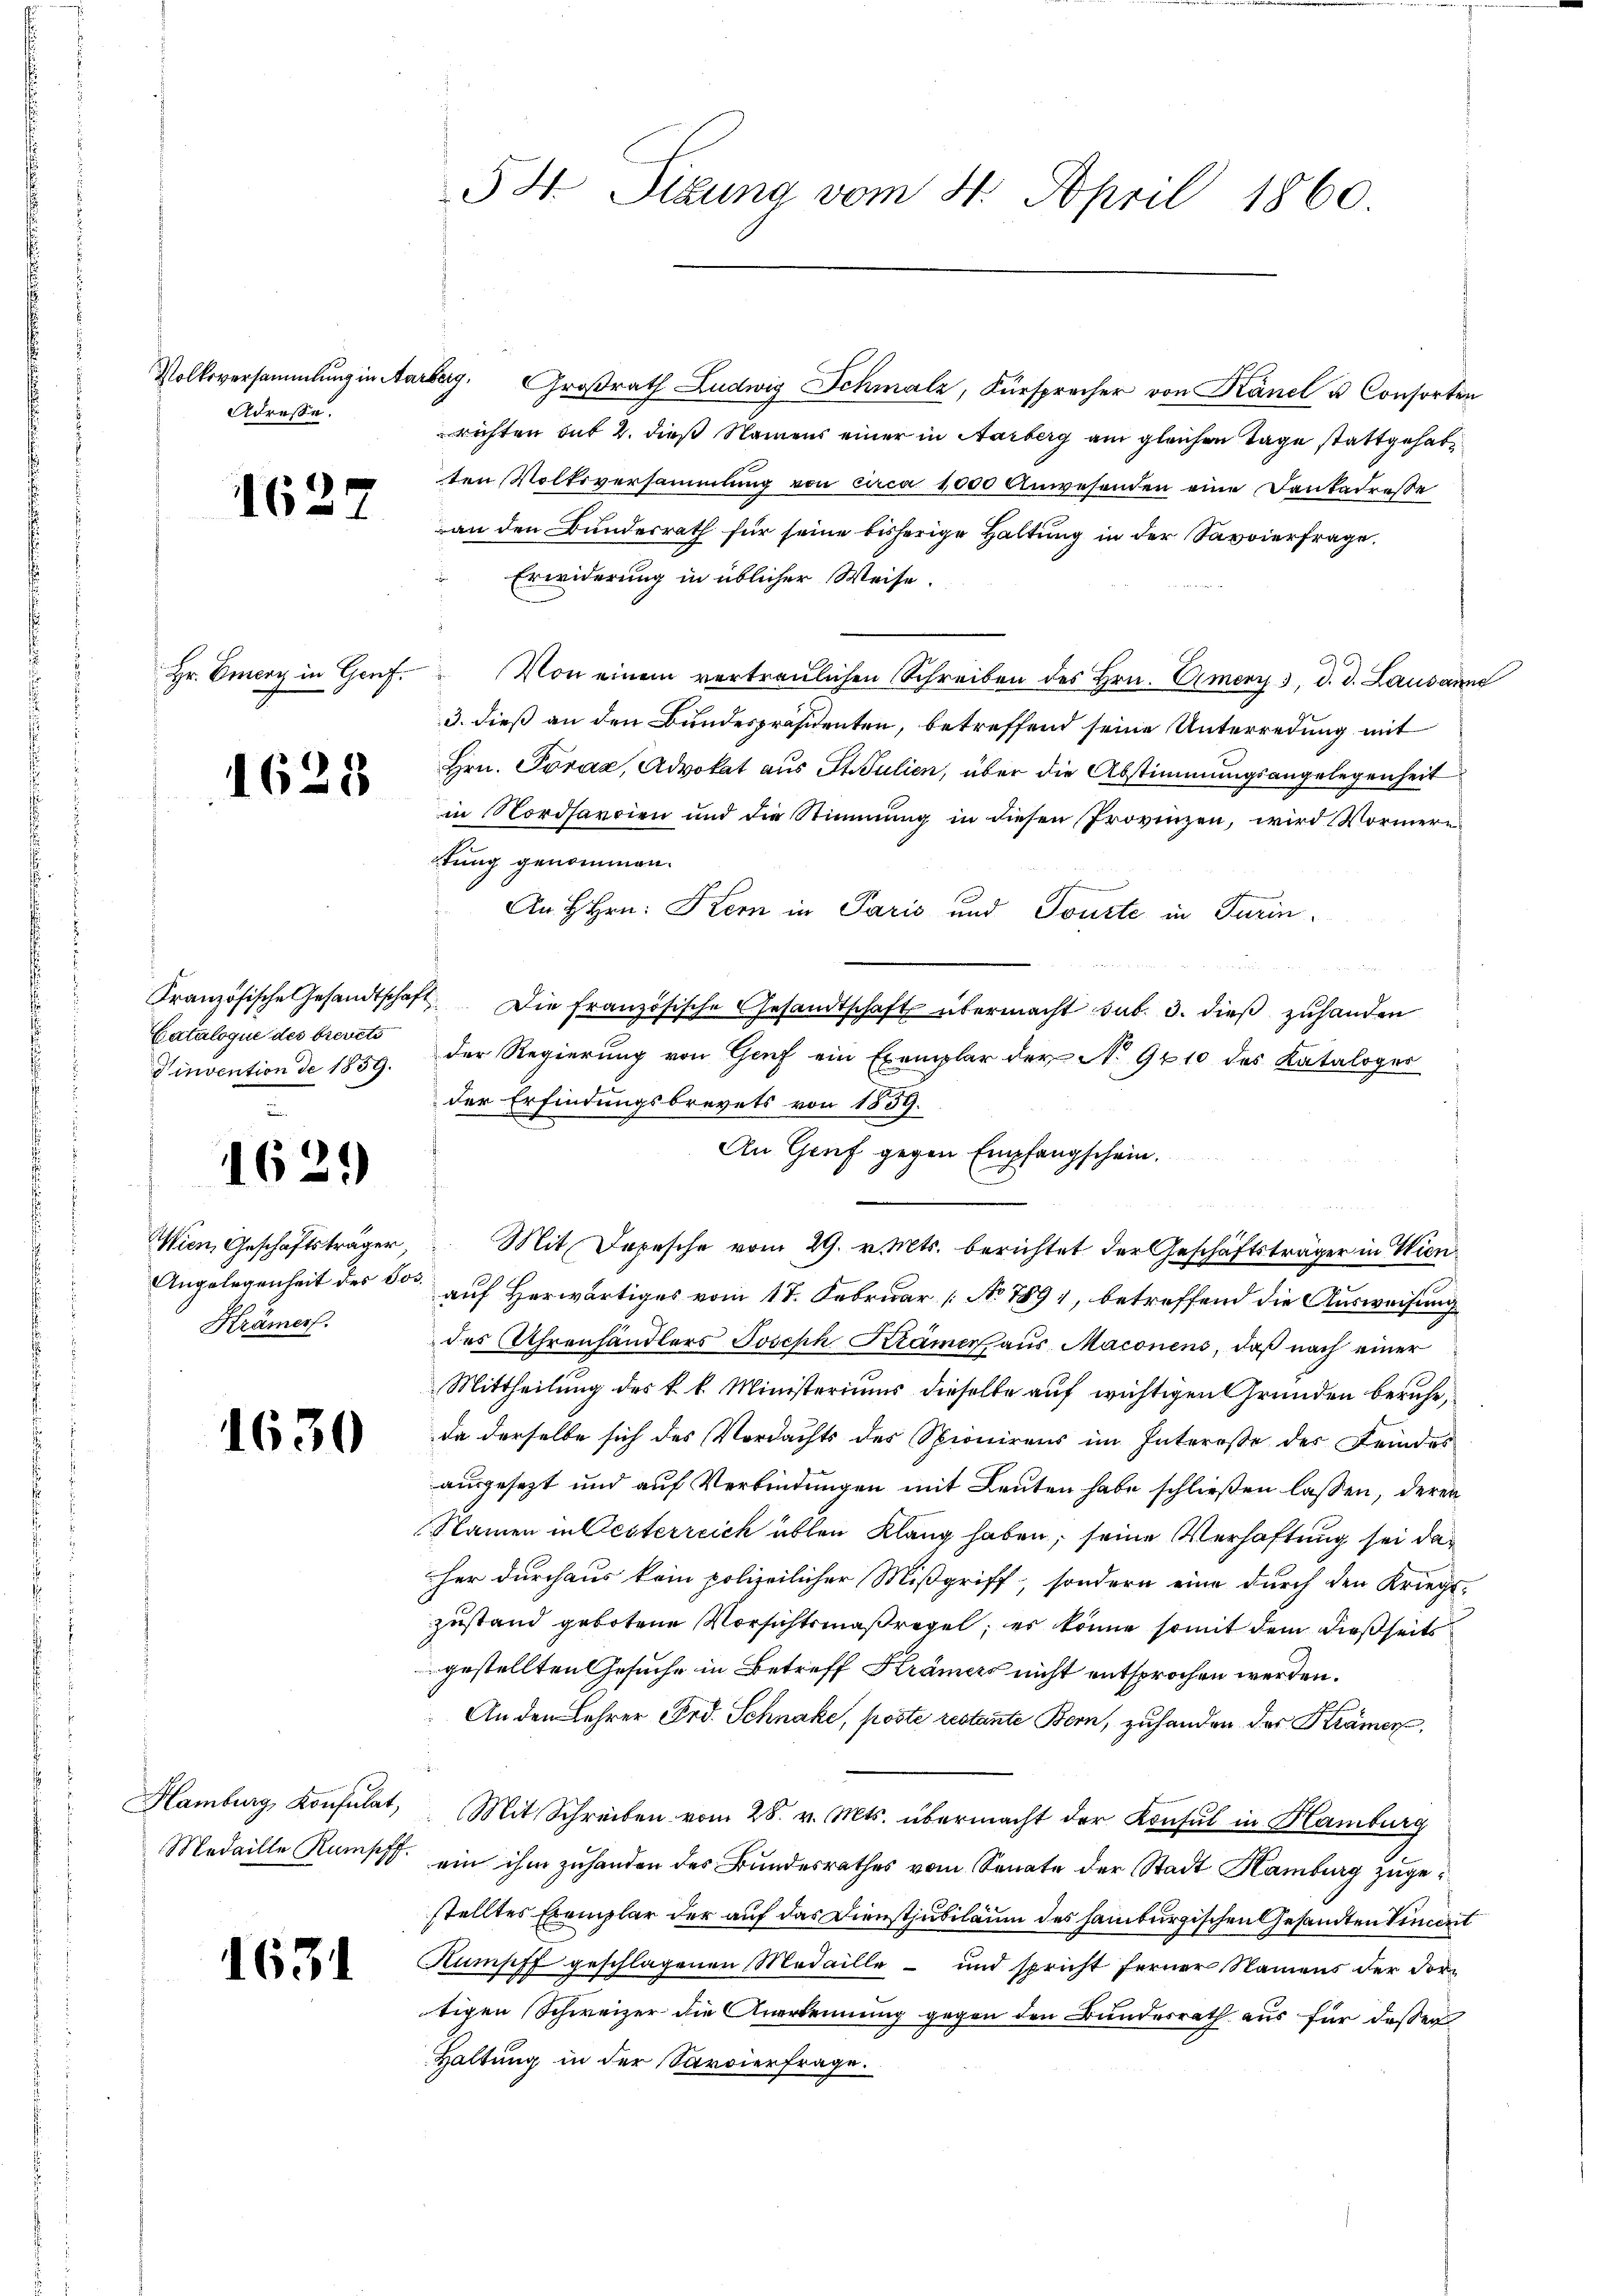
Volksversammlung in Aa¬
Adresse.

162

Hr. Emerz in Genf.

1628

Cataloque des brevets
Vinvention de 1859.

1629

Wien, Geschäftsträger
Angelegenheit des Jo¬
Krämer.

1630

Hamburg, Konsulat,
Medaille Rumpff.

1631

54. Sitzung vom 4. April 1860.

Bag. Großrath Ludwig Schmalz, Fürspracher von Känel u. Consorten
richten sub 2. dieß Namens einer in Aarberg am gleichen Tage stattgehabten Volksversammlung von circa 1000 Anwesenden eine Dankadresse
an den Bunderrath für seine bisherige Haltung in der Savoierfrage.
Erwiderung in üblicher Weise.
Von einem vertraulichen Schreiben des Hrn. Amerz 3. d. d. Lausanne
3. dieß an den Bundespräsidenten, betreffend seine Unterredung mit
Hrn. Poráz, Advokat aus St. Julien, über die Abstimmungsangelegenheit
in Nordsarcien und die Stimmung in diesen Provinzen, wird Vormern
tung genommen.
An H Hrn. Kern in Paris und Tourte in Turina
Französische Gesandtschaft. Die französische Gesandtschaft übermacht sub. 3. dieß zuhanden
der Regierung von Genf ein Exemplar der No 9410 des Kataloges
der Erfindungsbrevets von 1539.
An Genf gegen Empfangschein.
f
Mit Depesche vom 29. v. Mts. berichtet der Geschäftsträger in Wien
auf Herwärtiges vom 17. Februar [No 789, betreffend die Ausweisung
des Uhrenhändlers Joseph Krämer aus Maconens, daß nach einer
Mittheilung des k. k. Ministeriums dieselbe auf wichtigen Gründen beruhe,
da derselbe sich des Verdachts des Spionirens im Intereße des Feindes
ausgesezt und auf Verbindungen mit Leuten habe schließen lassen, deren
Namen in Oesterreich üblen Klang haben, seine Verhaftung sei daher durchaus kein polizeilicher Mißgriff, sondern eine durch den Kriegs-
zustand gebotene Vorsichtsmaßregel, er könne somit dem dießseits
gestellten Gesuche in Betreff Krämers nicht entsprochen werden.
An den Lehrer Ord. Schnake, poste restante Bern, zu handen des Krämer,
Mit Schreiben vom 28. v. Mts. übermacht der Konsul in Hamburg
ein ihm zuhanden des Bundesrathes vom Senate der Stadt Hamburg zugestelltes Exemplar der auf das Dienstjubiläum des Hamburgischen Gesandten Vincert
Sumpff geschlagenen Medaille – und spricht ferner Namens der dortigen Schweizer die Anerkennung gegen den Bundesrath aus für dassen
Haltung in der Sarvierfrage.